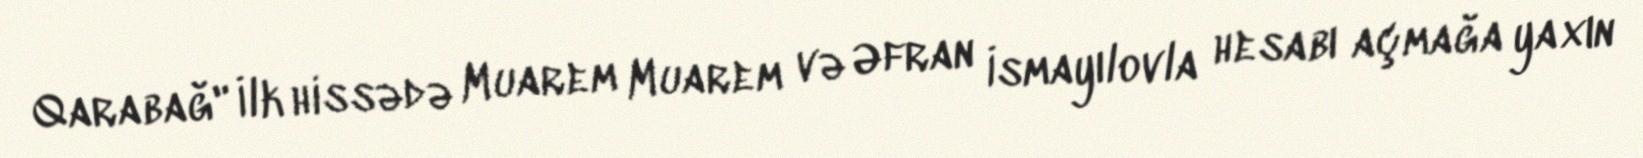
Qarabağ" İlk hissədə Muarem Muarem və Əfran İsmayılovla hesabı açmağa yaxın